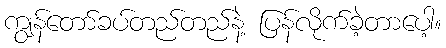
ကျွန်တော်ခပ်တည်တည်နဲ့ ပြန်လိုက်ခဲ့တာပေါ့။